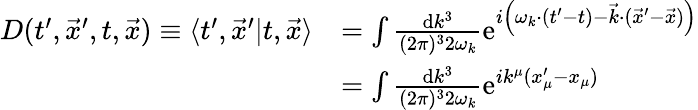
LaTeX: \begin{array}{rl}{D(t^{\prime},\vec{x}^{\prime},t,\vec{x})\equiv\langle{{t^{\prime},\vec{x}^{\prime}}|{t,\vec{x}}}\rangle}&{=\int\frac{\mathrm{d}k^{3}}{(2\pi)^{3}2\omega_{k}}{\mathrm{e}}^{i\Big(\omega_{k}\cdot(t^{\prime}-t)-\vec{k}\cdot(\vec{x}^{\prime}-\vec{x})\Big)}}\\ &{=\int\frac{\mathrm{d}k^{3}}{(2\pi)^{3}2\omega_{k}}{\mathrm{e}}^{ik^{\mu}(x_{\mu}^{\prime}-x_{\mu})}}\end{array}